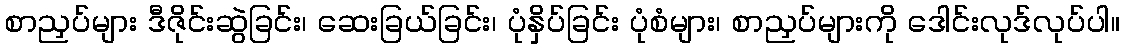
စာညှပ်များ ဒီဇိုင်းဆွဲခြင်း၊ ဆေးခြယ်ခြင်း၊ ပုံနှိပ်ခြင်း ပုံစံများ၊ စာညှပ်များကို ဒေါင်းလုဒ်လုပ်ပါ။